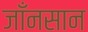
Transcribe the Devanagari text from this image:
जाँनसान